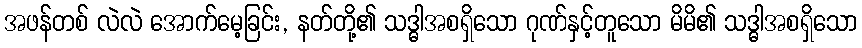
အဖန်တစ် လဲလဲ အောက်မေ့ခြင်း, နတ်တို့၏ သဒ္ဓါအစရှိသော ဂုဏ်နှင့်တူသော မိမိ၏ သဒ္ဓါအစရှိသော